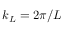
k _ { L } = 2 \pi / L